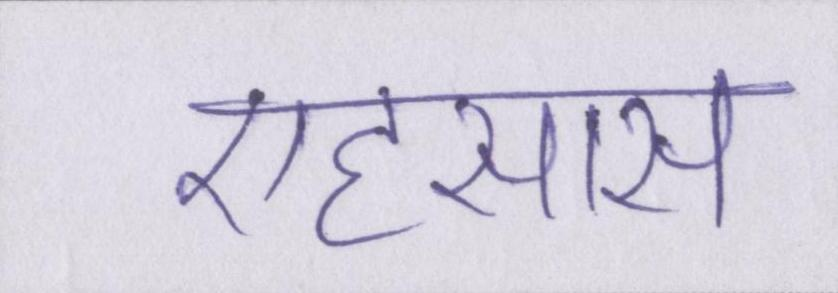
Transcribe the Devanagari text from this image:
एहसास